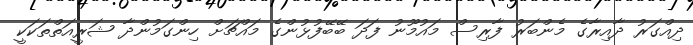
ދިއްގަރު ދާއިރާގެ މެންބަރު ފާރިސް މައުމޫނު ފަދަ ބޭބޭފުޅުންގެ މައްޗަށް ހިންގަމުންދާ ޝަރީއަތްތަކަކީ